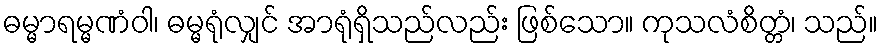
ဓမ္မာရမ္မဏံဝါ၊ ဓမ္မရုံလျှင် အာရုံရှိသည်လည်း ဖြစ်သော။ ကုသလံစိတ္တံ၊ သည်။